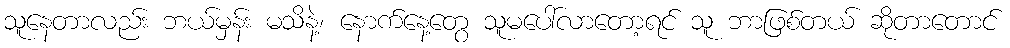
သူနေတာလည်း ဘယ်မှန်း မသိနဲ့၊ နောက်နေ့တွေ သူမပေါ်လာတော့ရင် သူ ဘာဖြစ်တယ် ဆိုတာတောင်